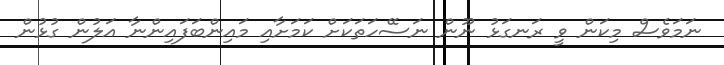
ނަމަވެސް މިކަން ވީ ރަނގަޅު ނޫން ނަސޭހަތަކަށް ކަމަށާއި މައިންބަފައިންނާ އަލުން ގުޅުން